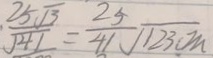
\frac { 2 5 \sqrt { 3 } } { \sqrt { 4 1 } } = \frac { 2 5 } { 4 1 } \sqrt { 1 2 3 c m }